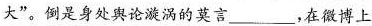
大”。倒是身处舆论漩涡的莫言___，在微博上